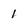
Character: 1